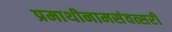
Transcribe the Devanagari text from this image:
प्रमाथीनामसंवत्सरीं